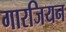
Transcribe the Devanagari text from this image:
गारजियन